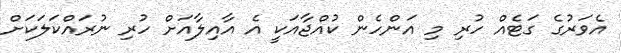
އެވަރުގެ ގަޓެއް ހުރި މި އަންހެން ކުއްޖާއަކީ އެ އާއިލާއަށް ހުރި ނުރައްކަލަކަށް